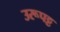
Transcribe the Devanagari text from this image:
उरूपट्ट